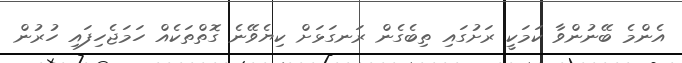
އެންމެ ބޭނުންވާ ކަމަކީ ރަށުގައި ތިބެގެން ރަނގަޅަށް ކިޔެވޭނެ ގޮތްތަކެއް ހަމަޖެހިފައި ހުރުން